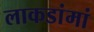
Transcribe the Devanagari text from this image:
लाकडांमां